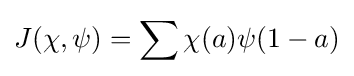
J(\chi ,\psi )=\sum \chi (a)\psi (1-a)